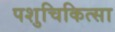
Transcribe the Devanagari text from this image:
पशुचिकित्‍सा